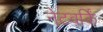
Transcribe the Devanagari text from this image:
नेटवर्किं